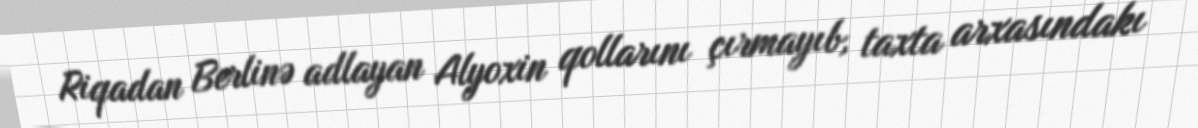
Riqadan Berlinə adlayan Alyoxin qollarını çırmayıb, taxta arxasındakı